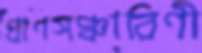
প্রাণসঞ্চারিণী